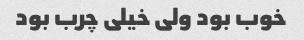
خوب بود ولی خیلی چرب بود